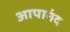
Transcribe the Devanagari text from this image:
आपानंद